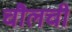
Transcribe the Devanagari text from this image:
चौलची